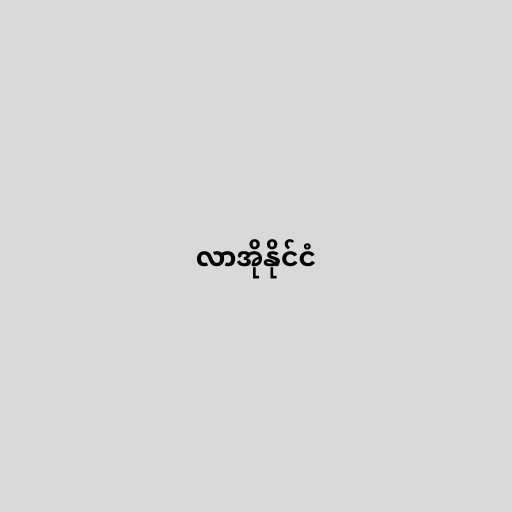
လာအိုနိုင်ငံ